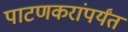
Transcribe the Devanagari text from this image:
पाटणकरांपर्यंत